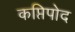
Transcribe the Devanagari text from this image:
कप्तिपोद